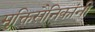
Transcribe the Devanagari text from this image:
मुक्तिसैनिकांनी